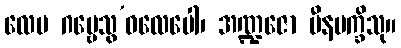
လေပ ဂဗ္ဗေသွ’ဝလေပေါ၊ အဏ္ဍဇော မီနပက္ခိသု။